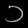
Digit: ၁